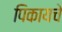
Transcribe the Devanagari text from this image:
पिकायचे